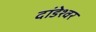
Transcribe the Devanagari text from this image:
दांडेश्वर